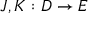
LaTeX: J , K : D \to E